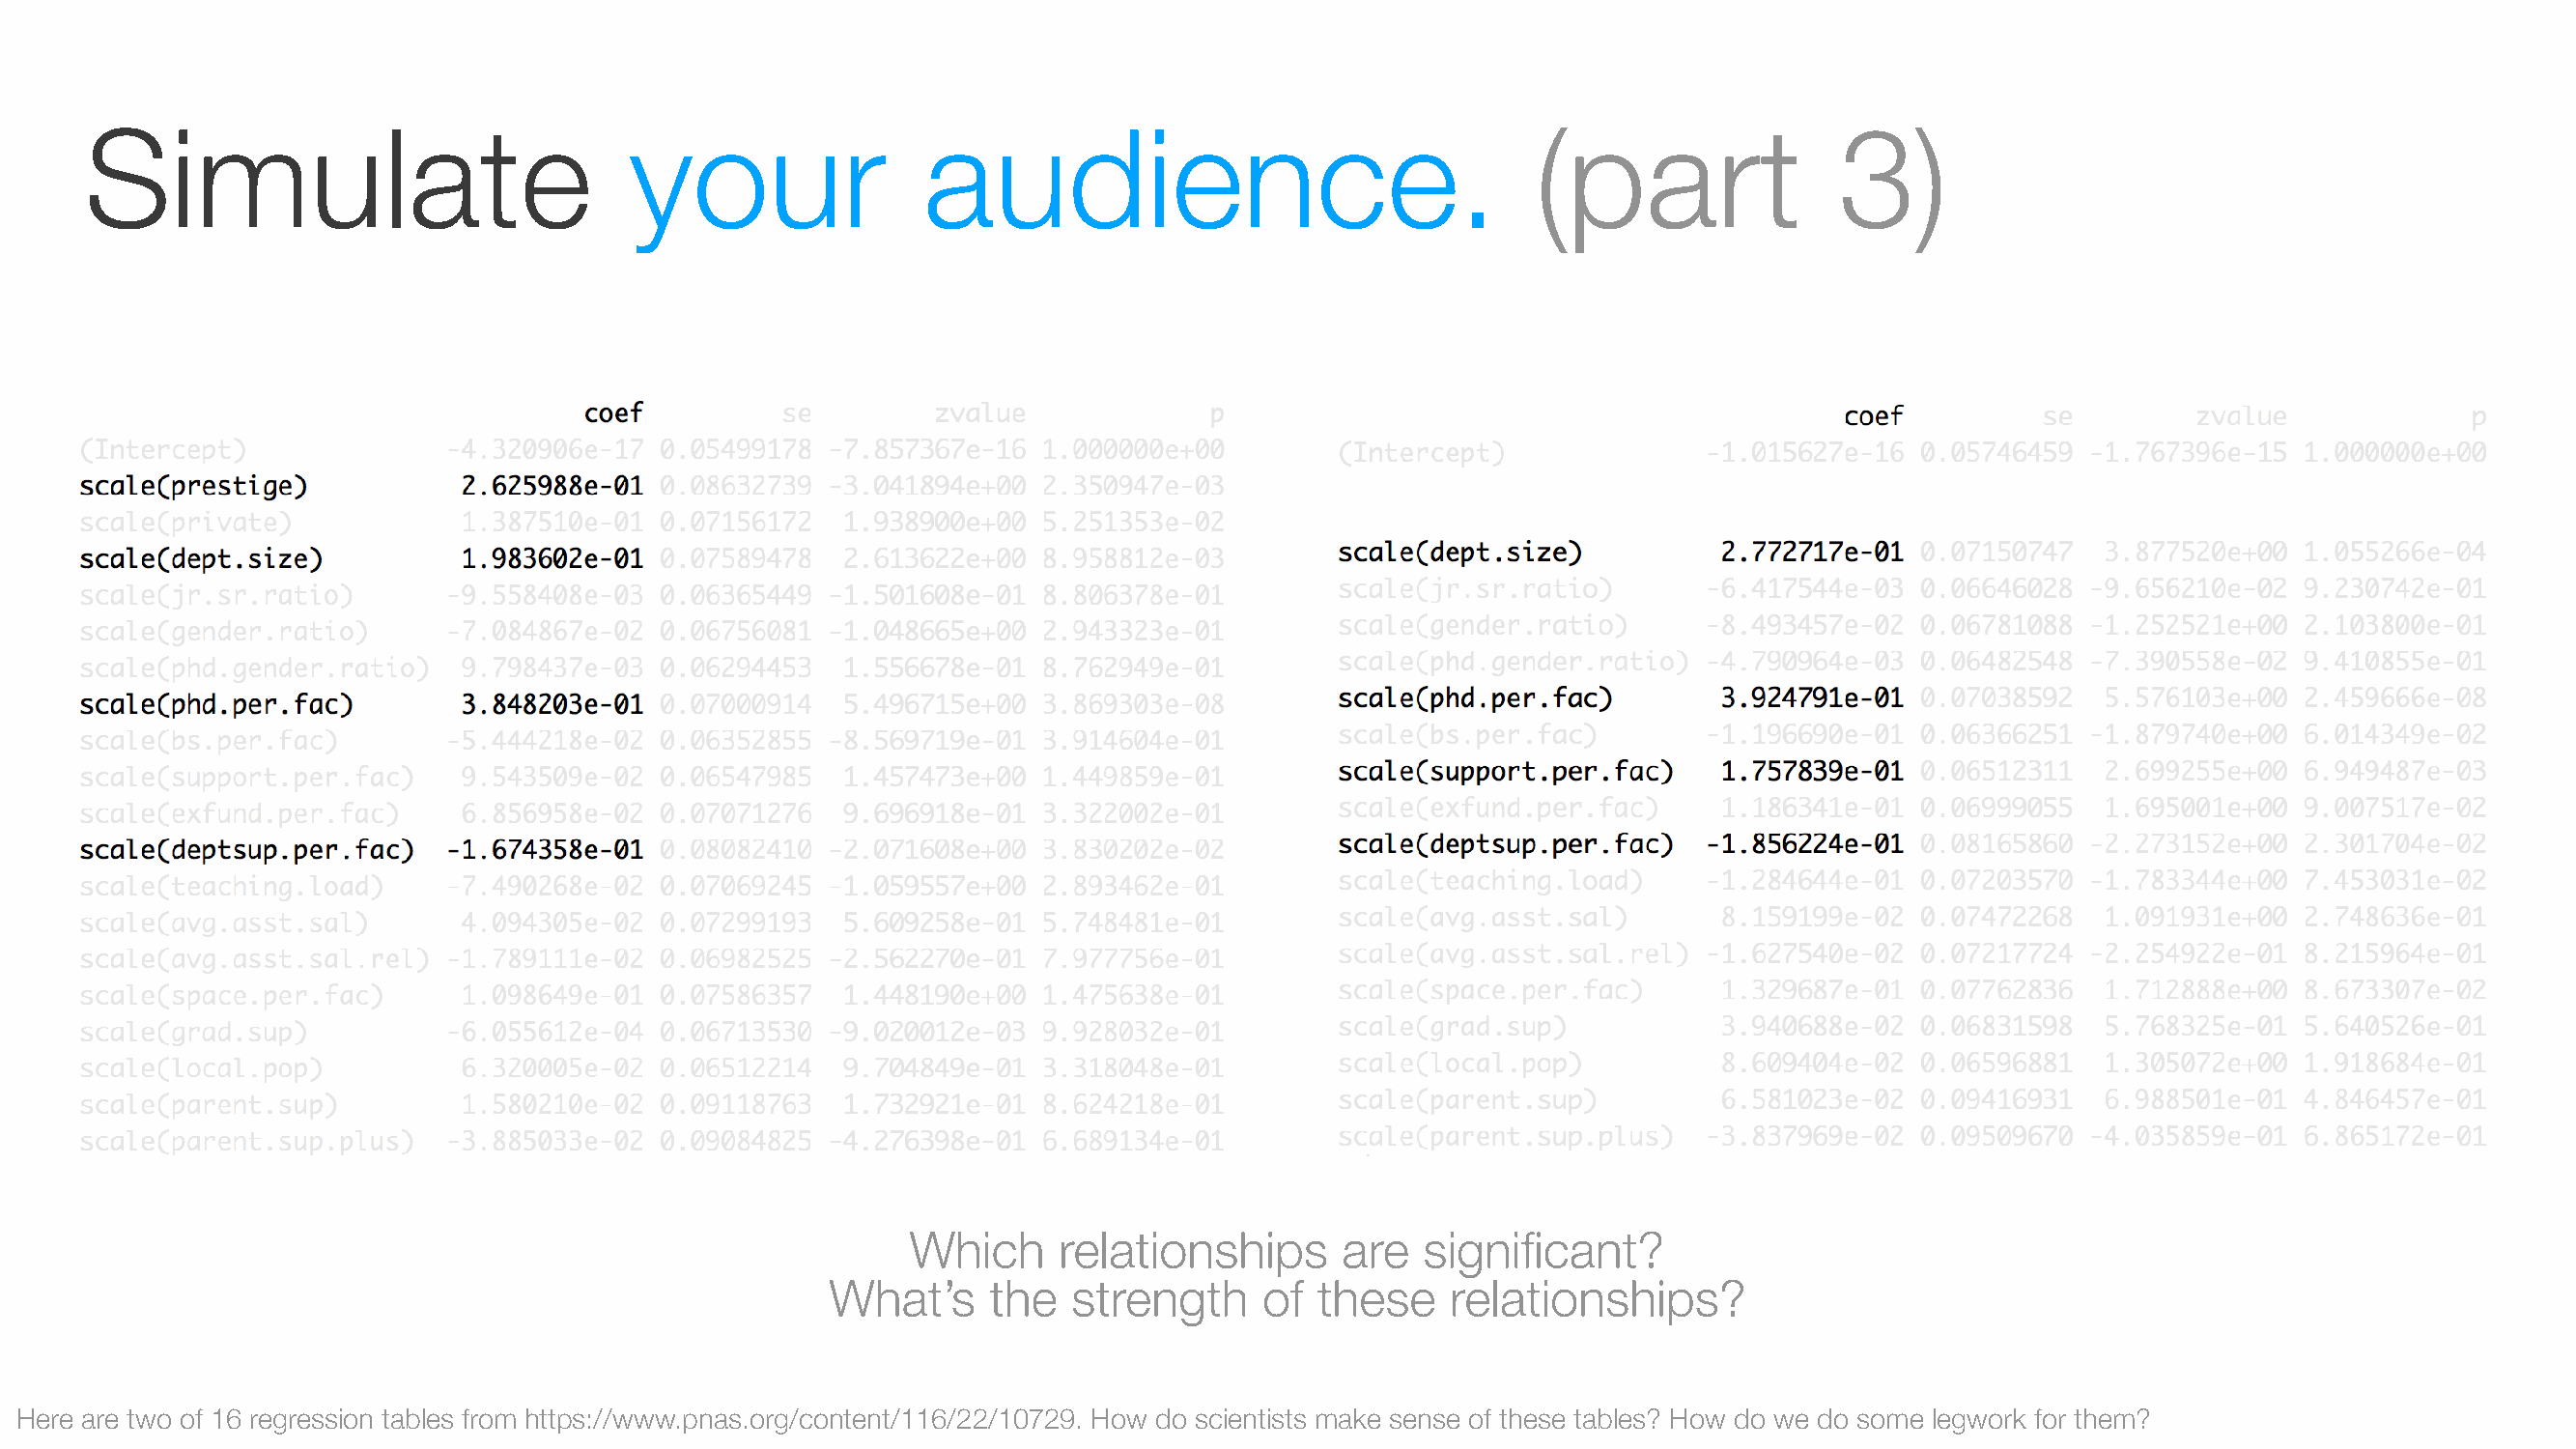
Simulate                             your                audience.                                 (part                3)
 Which      relationships      are   significant?
 What’s     the  strength      of these    relationships?
 Here are two of 16 regression tables from https://www.pnas.org/content/116/22/10729. How do scientists make sense of these tables? How do we do some legwork for them?